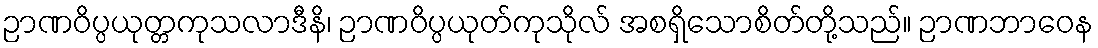
ဉာဏဝိပ္ပယုတ္တကုသလာဒီနိ၊ ဉာဏဝိပ္ပယုတ်ကုသိုလ် အစရှိသောစိတ်တို့သည်။ ဉာဏဘာဝေန